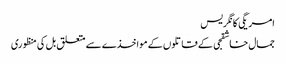
امریگی کانگریس
جمال خاشقجی کے قاتلوں کے مواخذے سے متعلق بل کی منظوری